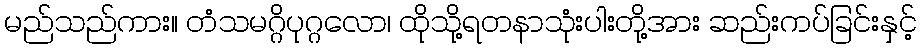
မည်သည်ကား။ တံသမဂ္ဂိပုဂ္ဂလော၊ ထိုသို့ရတနာသုံးပါးတို့အား ဆည်းကပ်ခြင်းနှင့်